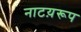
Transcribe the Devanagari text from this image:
नाटय़रूप